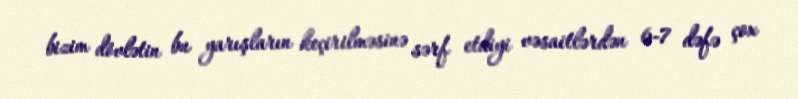
bizim dövlətin bu yarışların keçirilməsinə sərf etdiyi vəsaitlərdən 6-7 dəfə çox